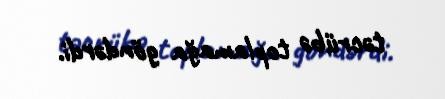
təcrübə toplamağa göndərdi.